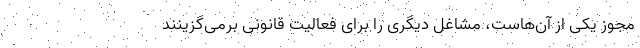
مجوز یکی از آن‌هاست، مشاغل دیگری را برای فعالیت قانونی برمی‌گزینند